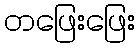
တဖြေးဖြေး